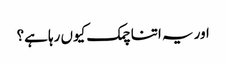
اور یہ اتنا چمک کیوں رہا ہے؟